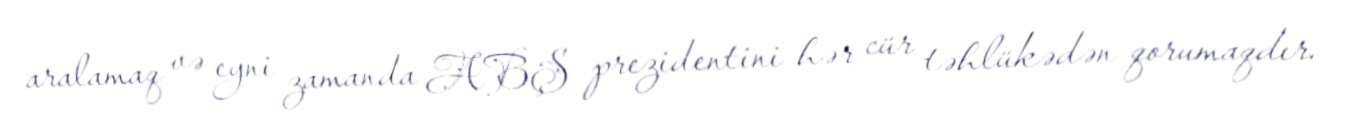
aralamaq və eyni zamanda ABŞ prezidentini hər cür təhlükədən qorumaqdır.